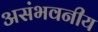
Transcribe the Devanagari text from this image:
असंभवनीय